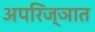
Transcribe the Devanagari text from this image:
अपरिज्ञात